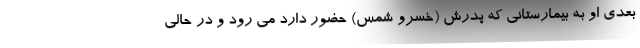
بعدی او به بیمارستانی که پدرش (خسرو شمس) حضور دارد می رود و در حالی